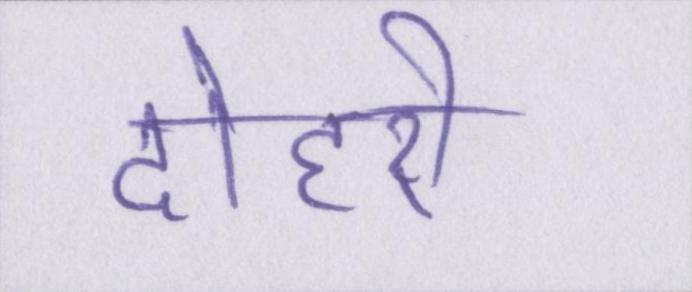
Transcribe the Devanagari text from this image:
दोहरी